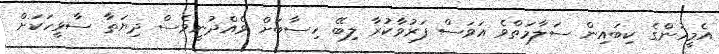
އެމީހުންގެ ކިބައިން ސަލާމަތްވެ އަވަސް ފަރުވާކުރާ ލިބޭ ހިސާބަށް ވެއްދުނީވެސް ދިޔަތާ ސާޅީހަކަށް